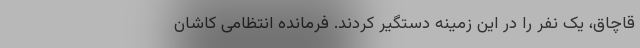
قاچاق، یک نفر را در این زمینه دستگیر کردند. فرمانده انتظامی کاشان